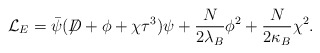
\begin{align*}{\cal L}_E = \bar{\psi} (\not{\!\! D} + \phi + \chi \tau^3) \psi +\frac{N}{2\lambda_B} \phi^2 + \frac{N}{2\kappa_B} \chi^2.\end{align*}